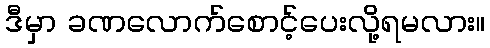
ဒီမှာ ခဏလောက်စောင့်ပေးလို့ရမလား။